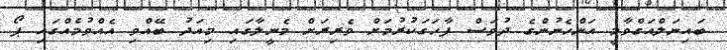
ބައިނަލްއަގްވާމީ އަންހެނުންގެ ދުވަސް ފާހަގަކުރުމަށް ވެރިރަށް މެނީލާގައި މިއަދު ބޭއްވި އެއްވުމެއްގައި ޕޯ